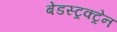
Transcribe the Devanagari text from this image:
बेंडस्ट्रक्ट्रेन